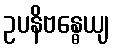
ဥပနိဗန္ဓေယျ